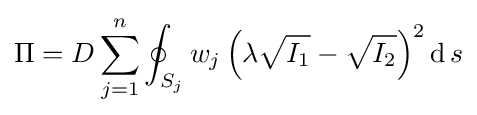
\Pi =D\sum _{j=1}^{n}\oint _{S_{j}}w_{j}\left(\lambda {\sqrt {I_{1}}}-{\sqrt {I_{2}}}\right)^{2}\operatorname {d} s